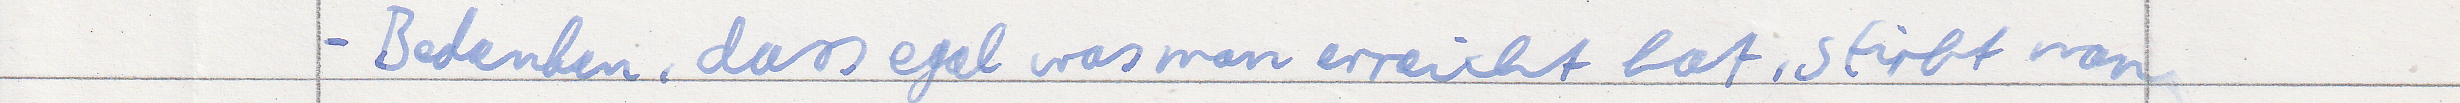
- Bedenken, dass egal was man erreicht hat, stirbt man